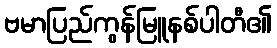
ဗမာပြည်ကွန်မြူနစ်ပါတီ၏